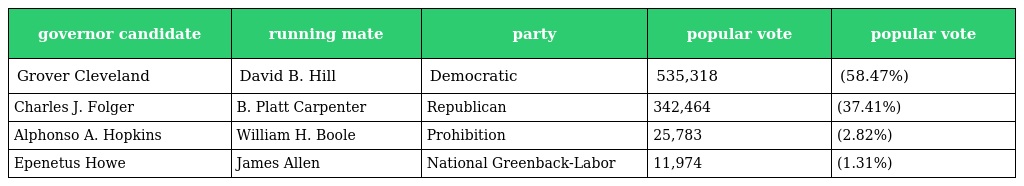
| governor candidate | running mate | party | popular vote | popular vote |
 | --- | --- | --- | --- | --- |
 | Grover Cleveland | David B. Hill | Democratic | 535,318 | (58.47%) |
 | Charles J. Folger | B. Platt Carpenter | Republican | 342,464 | (37.41%) |
 | Alphonso A. Hopkins | William H. Boole | Prohibition | 25,783 | (2.82%) |
 | Epenetus Howe | James Allen | National Greenback-Labor | 11,974 | (1.31%) |